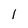
Character: I